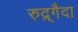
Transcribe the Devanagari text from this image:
रुद्र्गैदा